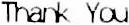
THANK YOU